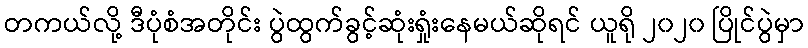
တကယ်လို့ ဒီပုံစံအတိုင်း ပွဲထွက်ခွင့်ဆုံးရှုံးနေမယ်ဆိုရင် ယူရို ၂၀၂၀ ပြိုင်ပွဲမှာ